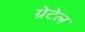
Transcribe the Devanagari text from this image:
ग्रेटेल